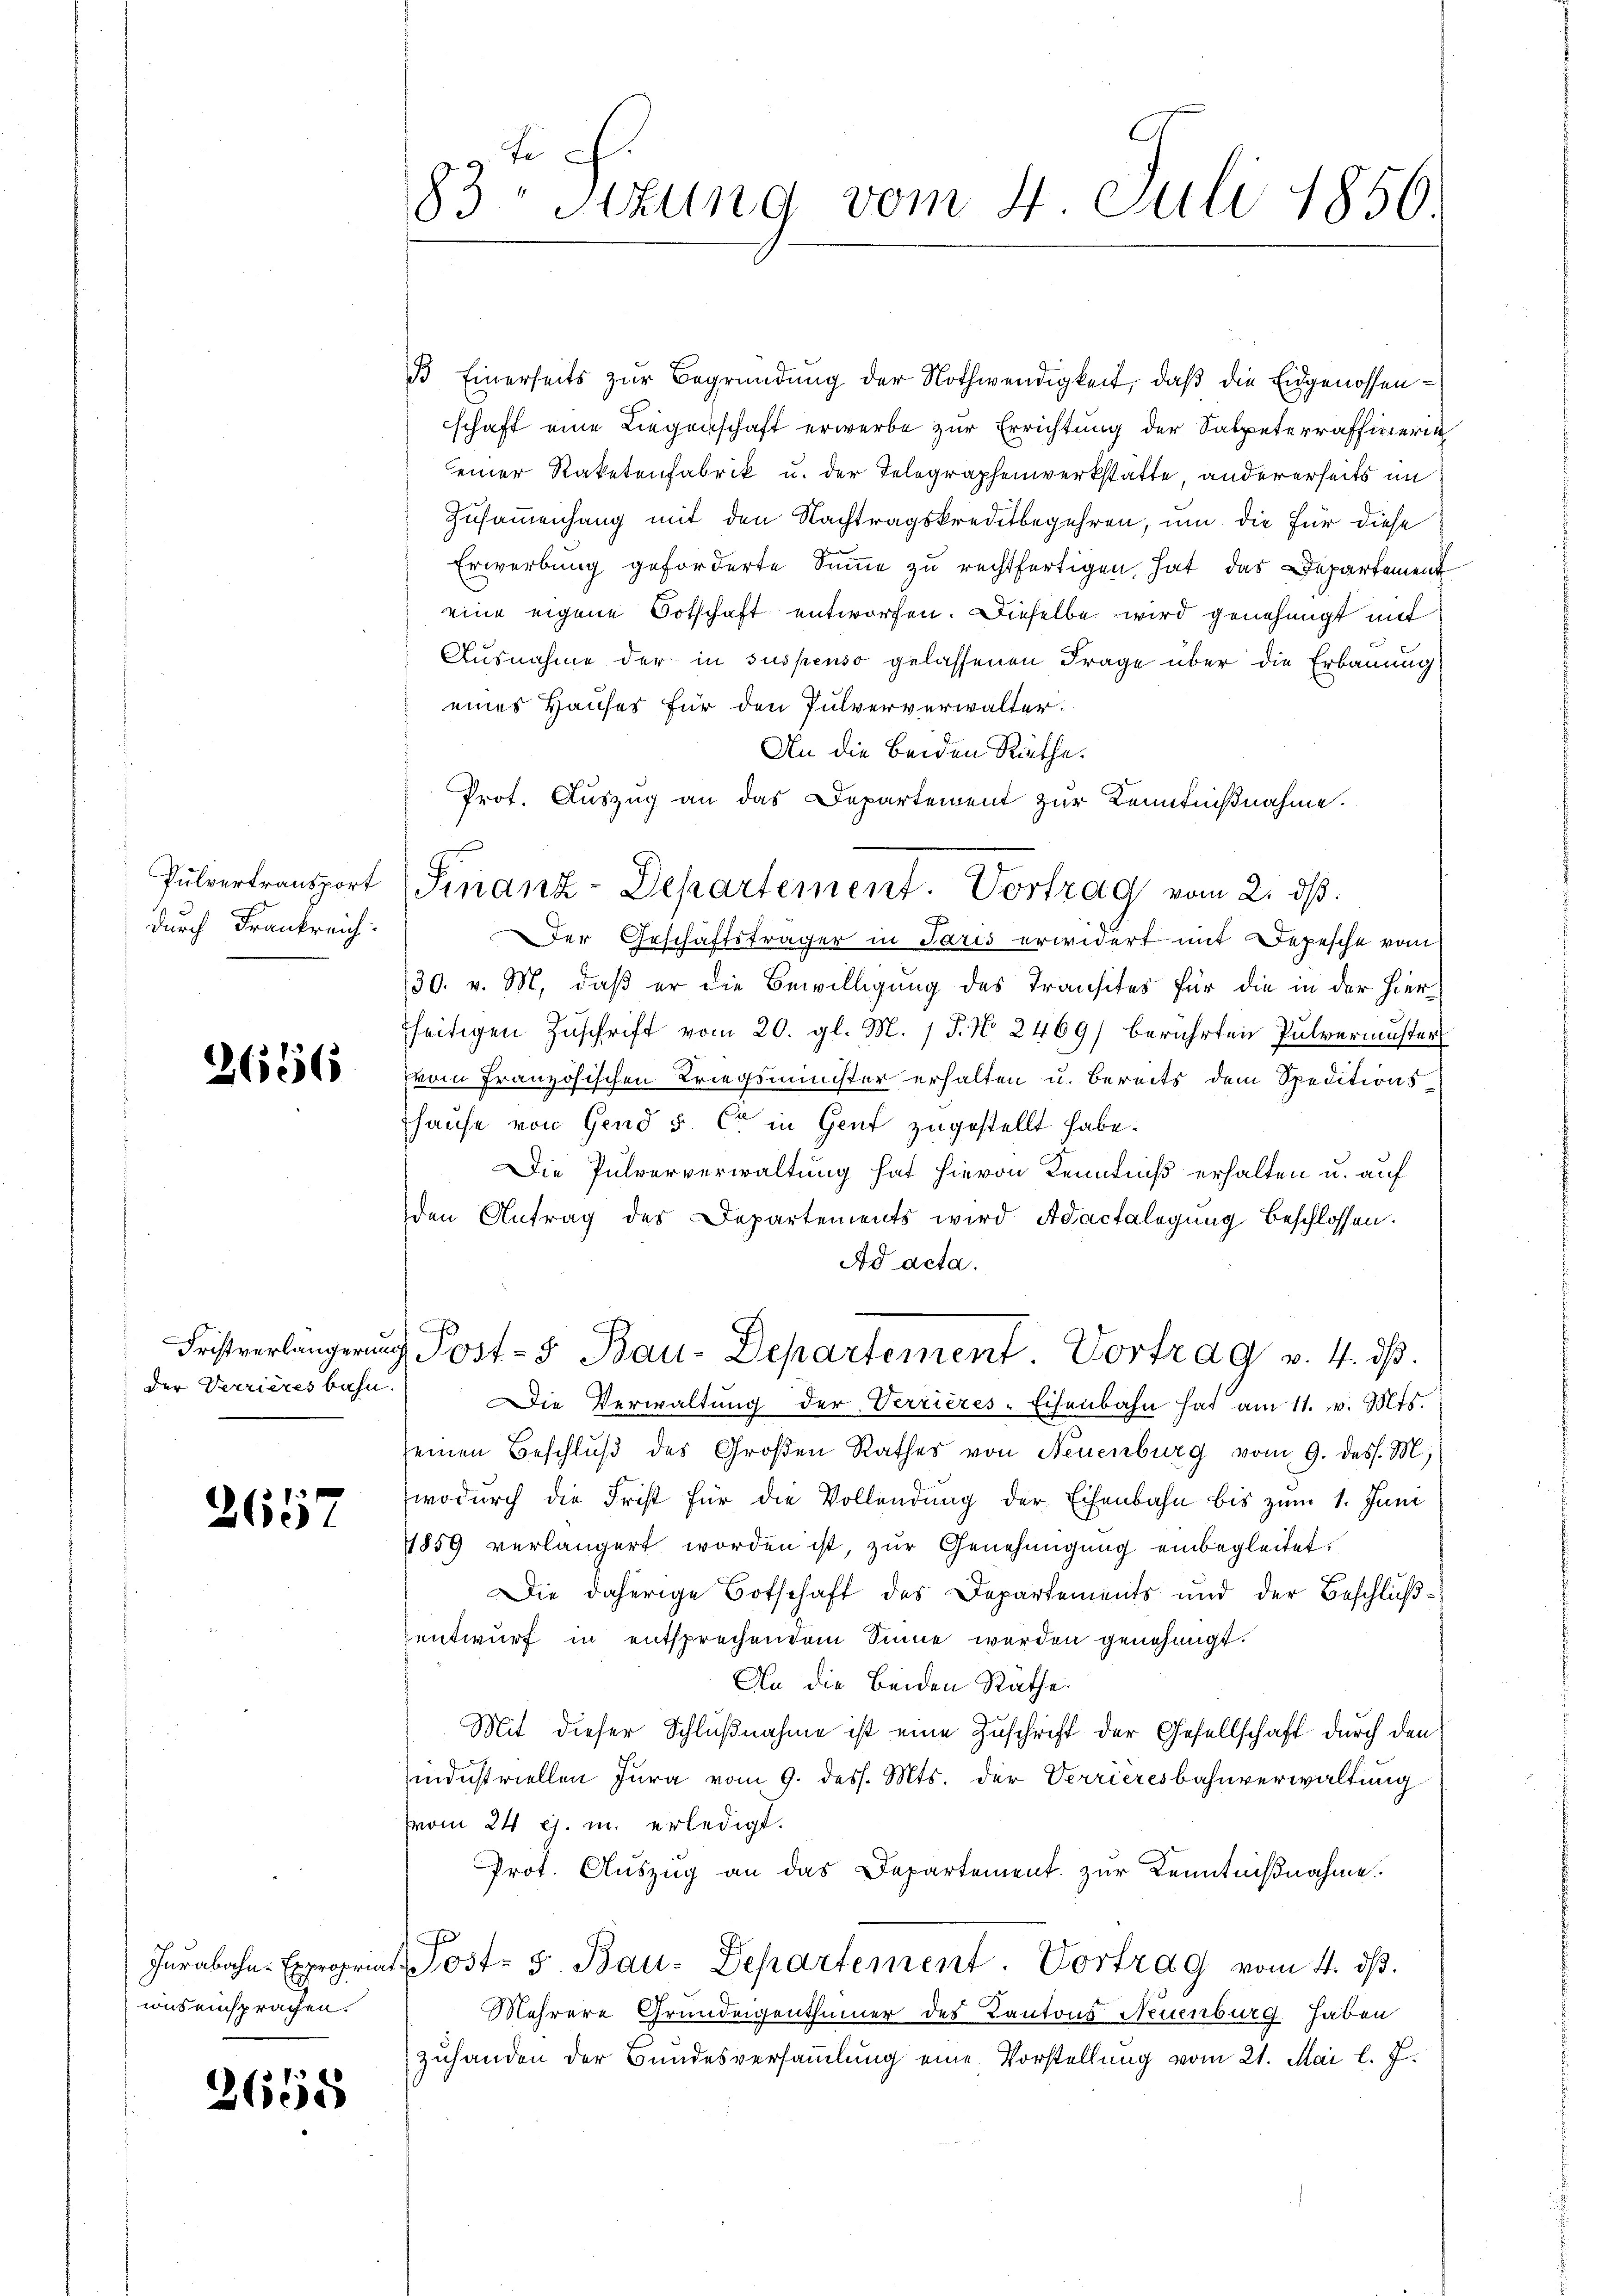
Pulvertransport
durch Frankreich.

3666

der Verrieresbahn.

2657

uus einsprachen.

3658

83 Sizung vom 4. Juli 1850.

B Einerseits zur Begründung der Nothwendigkeit, daß die Eidgenossenschaft eine Liegenschaft erwerbe zur Errichtung der Salpeterraffinerin
einer Raketenfabrik u. der Telegraphenwerkstätte, andererseits im
Zusammenhang mit den Nachtragskreditbegehren, um die für diese
Erwerbung geforderte Summe zu rechtfertigen, hat, das Departement
eine eigene Botschaft entworfen. Dieselbe wird genehmigt mit
Ausnahme der in suspenso gelassenen Frage über die Erbauung
eines Hauses für den Pulververwalter.
An die beiden Räthe.
Prot. Auszug an das Departement zur Kenntnißnahme.
Der Geschäftsträger in Paris erwidert mit Depesche vom
30. v. M. daß er die Bewilligung des Transites für die in der hierfseitigen Zuschrift vom 20. gl. M. 1 P. No 2469/ berührten Pulvermusters
(vom französischen Kriegsminister erhalten u. bereits dem Speditionshause von Gend 5. Er in Genf zugestellt habe.
Die Pulververwaltung hat hievon Kenntniß erhalten u. auf
den Antrag des Departements wird Adactalegŭng beschlossen.
Ad acta.
Fristverlängerung Post- & Bau-Departement Vortrag v. 4. ds.
Die Verwaltŭng der Verrieres-Eisenbahn hat am 11. v. Mts.
seinen Beschluß des Großen Rathes von Neuenburg vom 9. dess. M.
wodurch die Frist für die Vollendung der Eisenbahn bis zum 1. Juni
1859 verlängert worden ist, zur Genehmigung einbegleitet.
Die daherige Botschaft des Departements und der Beschlußentwurf in entsprechendem Sinne werden genehmigt.
An die Beiden Rathe.
Mit dieser Schlußnahme ist eine Zuschrift der Gesellschaft durch den
industriellen Jura vom 9. dess. Mts. der Verrieresbahnverwaltung
vom 24. ej. u. erledigt.
Prot. Auszug an das Departement zur Kenntnißnahme.
Jurabahn Expropriat Post- & Bau-Departement. Vortrag vom 4. ds.
Mehrere Grundeigenthümer des Kantons Neuenburg haben
zuhanden der Bundesversammlung eine Vorstellung vom 21. Mai l. J.

Finanz-Departement. Vortrag vom 2. ds.